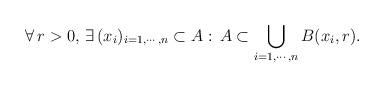
LaTeX: \begin{align*}\forall\, r>0,\, \exists\, (x_i)_{i=1,\cdots,n}\subset A:\, A\subset \bigcup_{i=1,\cdots,n}B(x_i,r).\end{align*}